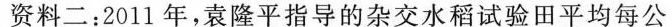
资料二：2011年，袁隆平指导的杂交水稻试验田平均每公